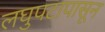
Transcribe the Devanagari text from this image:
लघुपटापासून